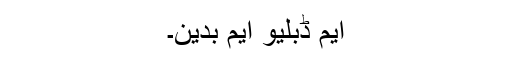
ایم ڈبلیو ایم بدین۔